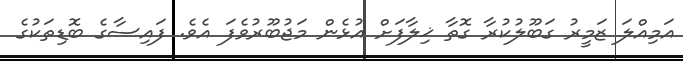
އަމިއްލަ ޒަމީރު ގަބޫލުކުރާ ގޮތާ ޚިލާފަށް އުޅެން މަޖުބޫރުވެފަ އެވެ. ފައިސާގެ ބޮޑިތަކުގެ